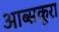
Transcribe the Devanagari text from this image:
आब्सकूरा